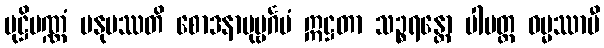
မုဋ္ဌိပဏ္ဏံ မနုပဿတိ စောဒနာပုဗ္ဗင်္ဂမံ ဣဋ္ဌတာ သဉ္စရန္တော ပါပတ္ထ ဓမ္မဿာမီ